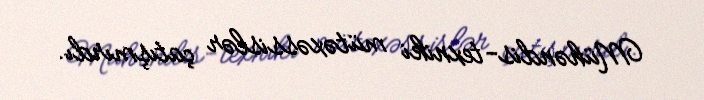
Mühəndis-texniki mütəxəssislər çatışmırdı.